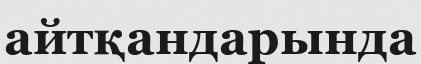
айтқандарында